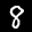
Label: 8